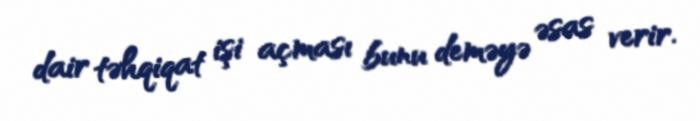
dair təhqiqat işi açması bunu deməyə əsas verir.